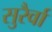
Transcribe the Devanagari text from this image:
सुरैर्वा